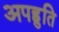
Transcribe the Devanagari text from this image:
अपह्नुति